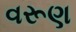
વરૂણ